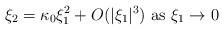
LaTeX: \begin{align*}\xi_2 = \kappa_0 \xi_1^2 + O (|\xi_1|^3) \mbox{ as } \xi_1 \rightarrow 0\end{align*}